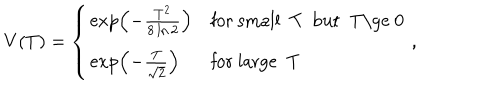
LaTeX: V ( T ) = \left\{ \begin{array} { l l } { { \exp \left( - \frac { T ^ { 2 } } { 8 \ln 2 } \right) } } & { { \mathrm { f o r ~ s m a l l ~ T ~ b u t ~ T \ge ~ 0 ~ } } } \\ { { \exp \left( - \frac { T } { \sqrt { 2 } } \right) } } & { { \mathrm { f o r ~ l a r g e ~ T ~ } } } \\ \end{array} , \right.